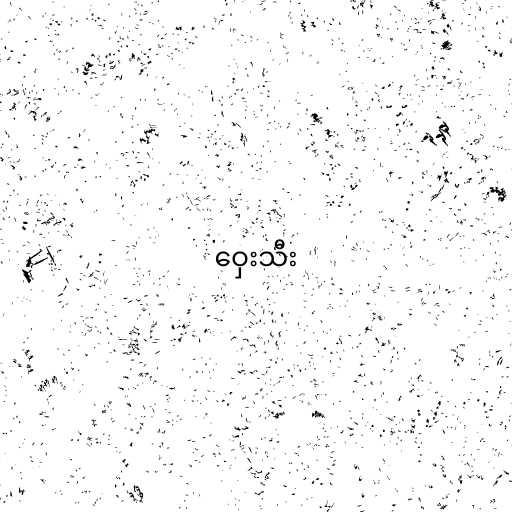
ဝှေးသီး